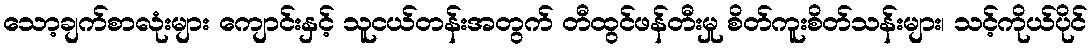
သော့ချက်စာလုံးများ ကျောင်းနှင့် သူငယ်တန်းအတွက် တီထွင်ဖန်တီးမှု စိတ်ကူးစိတ်သန်းများ၊ သင့်ကိုယ်ပိုင်